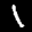
Label: 1